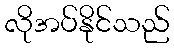
လိုအပ်နိုင်သည်